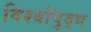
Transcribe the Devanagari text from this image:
विश्वॉयुद्ध